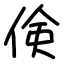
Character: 倹